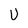
Character: U